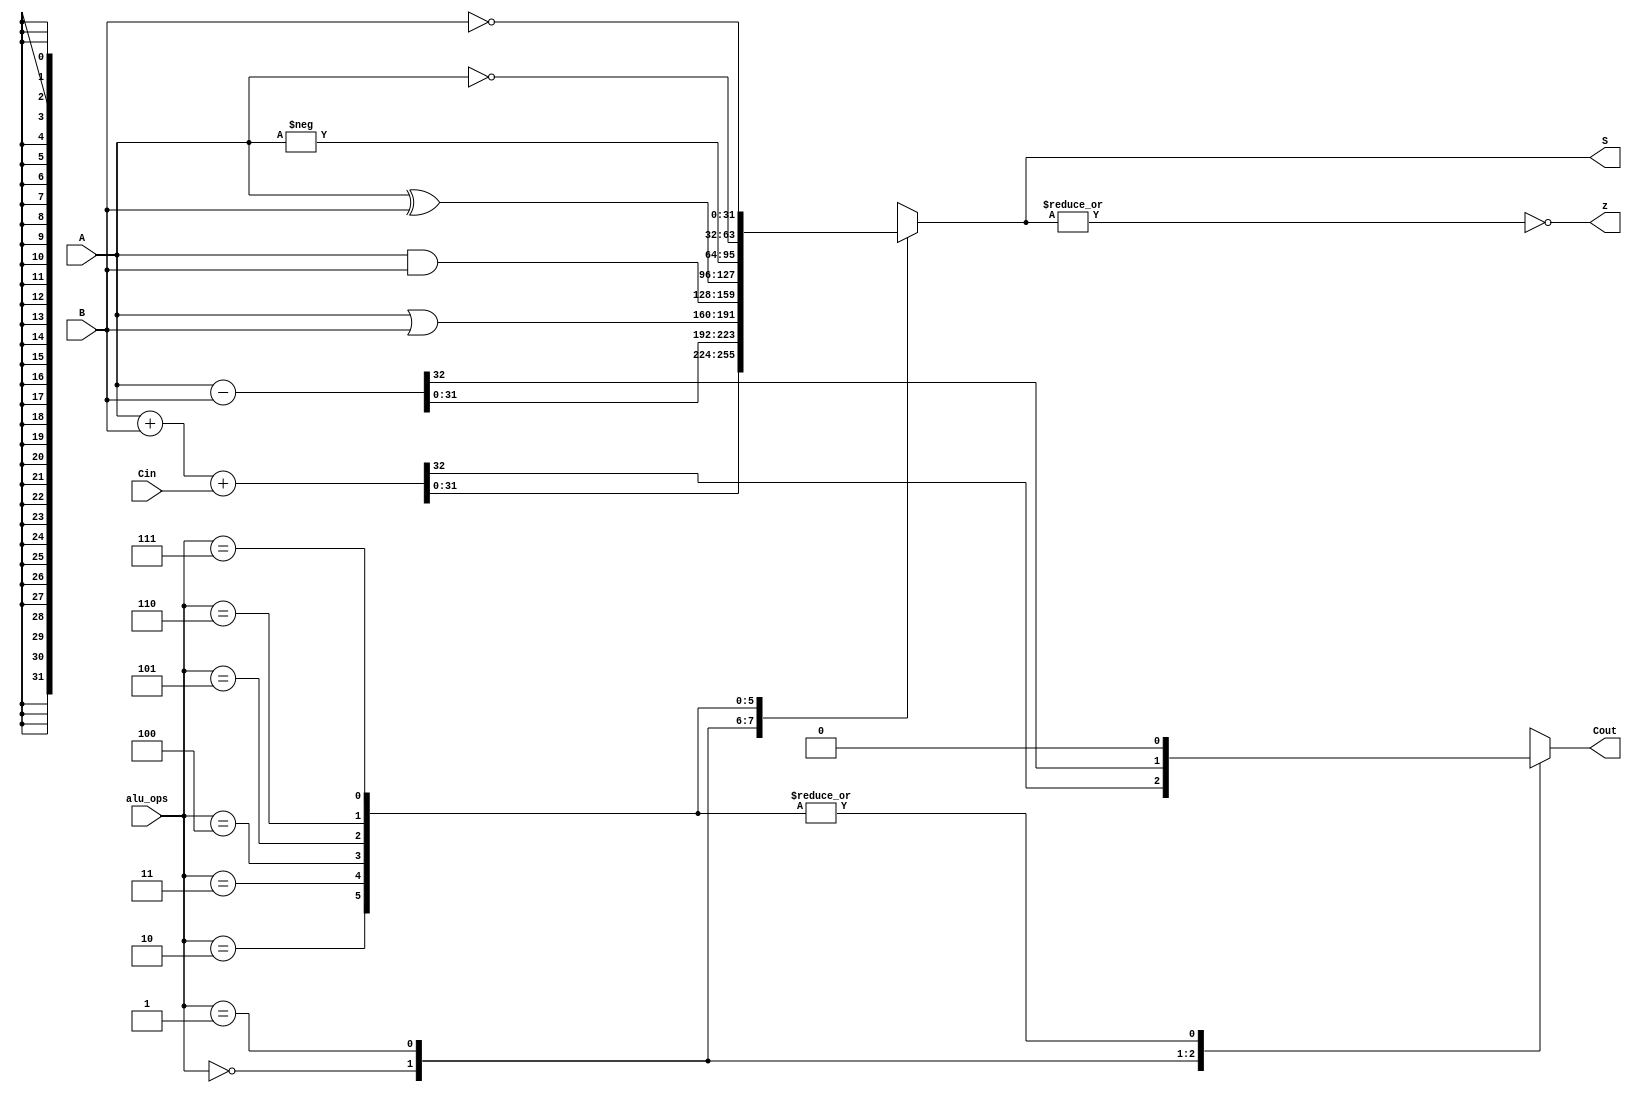
`timescale 1ns / 1ps
//-------------------------------------------------------
// Title        : ALU.
// Library      : nanoLADA
// Purpose      : Computer Architecture
// Developers   : Krerk Piromsopa, Ph. D.
//              : Chulalongkorn University.
module alu(S,z,Cout,A,B,Cin,alu_ops);
output reg [31:0] S;
output z;
output reg Cout;
input [31:0] A;
input [31:0] B;
input Cin;
input [2:0] alu_ops;

assign z=~|S;

always @(*)
begin
	case (alu_ops)
		3'b000: {Cout,S}=A+B+Cin;
		3'b001: {Cout,S}=A-B; 
		3'b010: begin S=A|B; Cout=0; end
		3'b011: begin S=A&B; Cout=0; end
		3'b100: begin S=A^B; Cout=0; end
		3'b101: begin S=-A; Cout=0; end
		3'b110: begin S=~A; Cout=0; end
		3'b111: begin S=~B; Cout=0; end	
	endcase
	// $display("<%b %b>",Cin,Cout);
end

endmodule